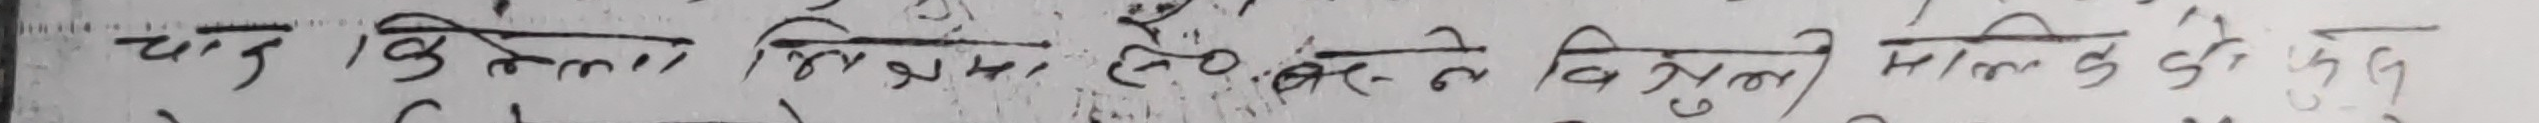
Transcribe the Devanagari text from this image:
चां किमला दिलमा पिर हे छैन तर दिल मिलन के कोही गुरु